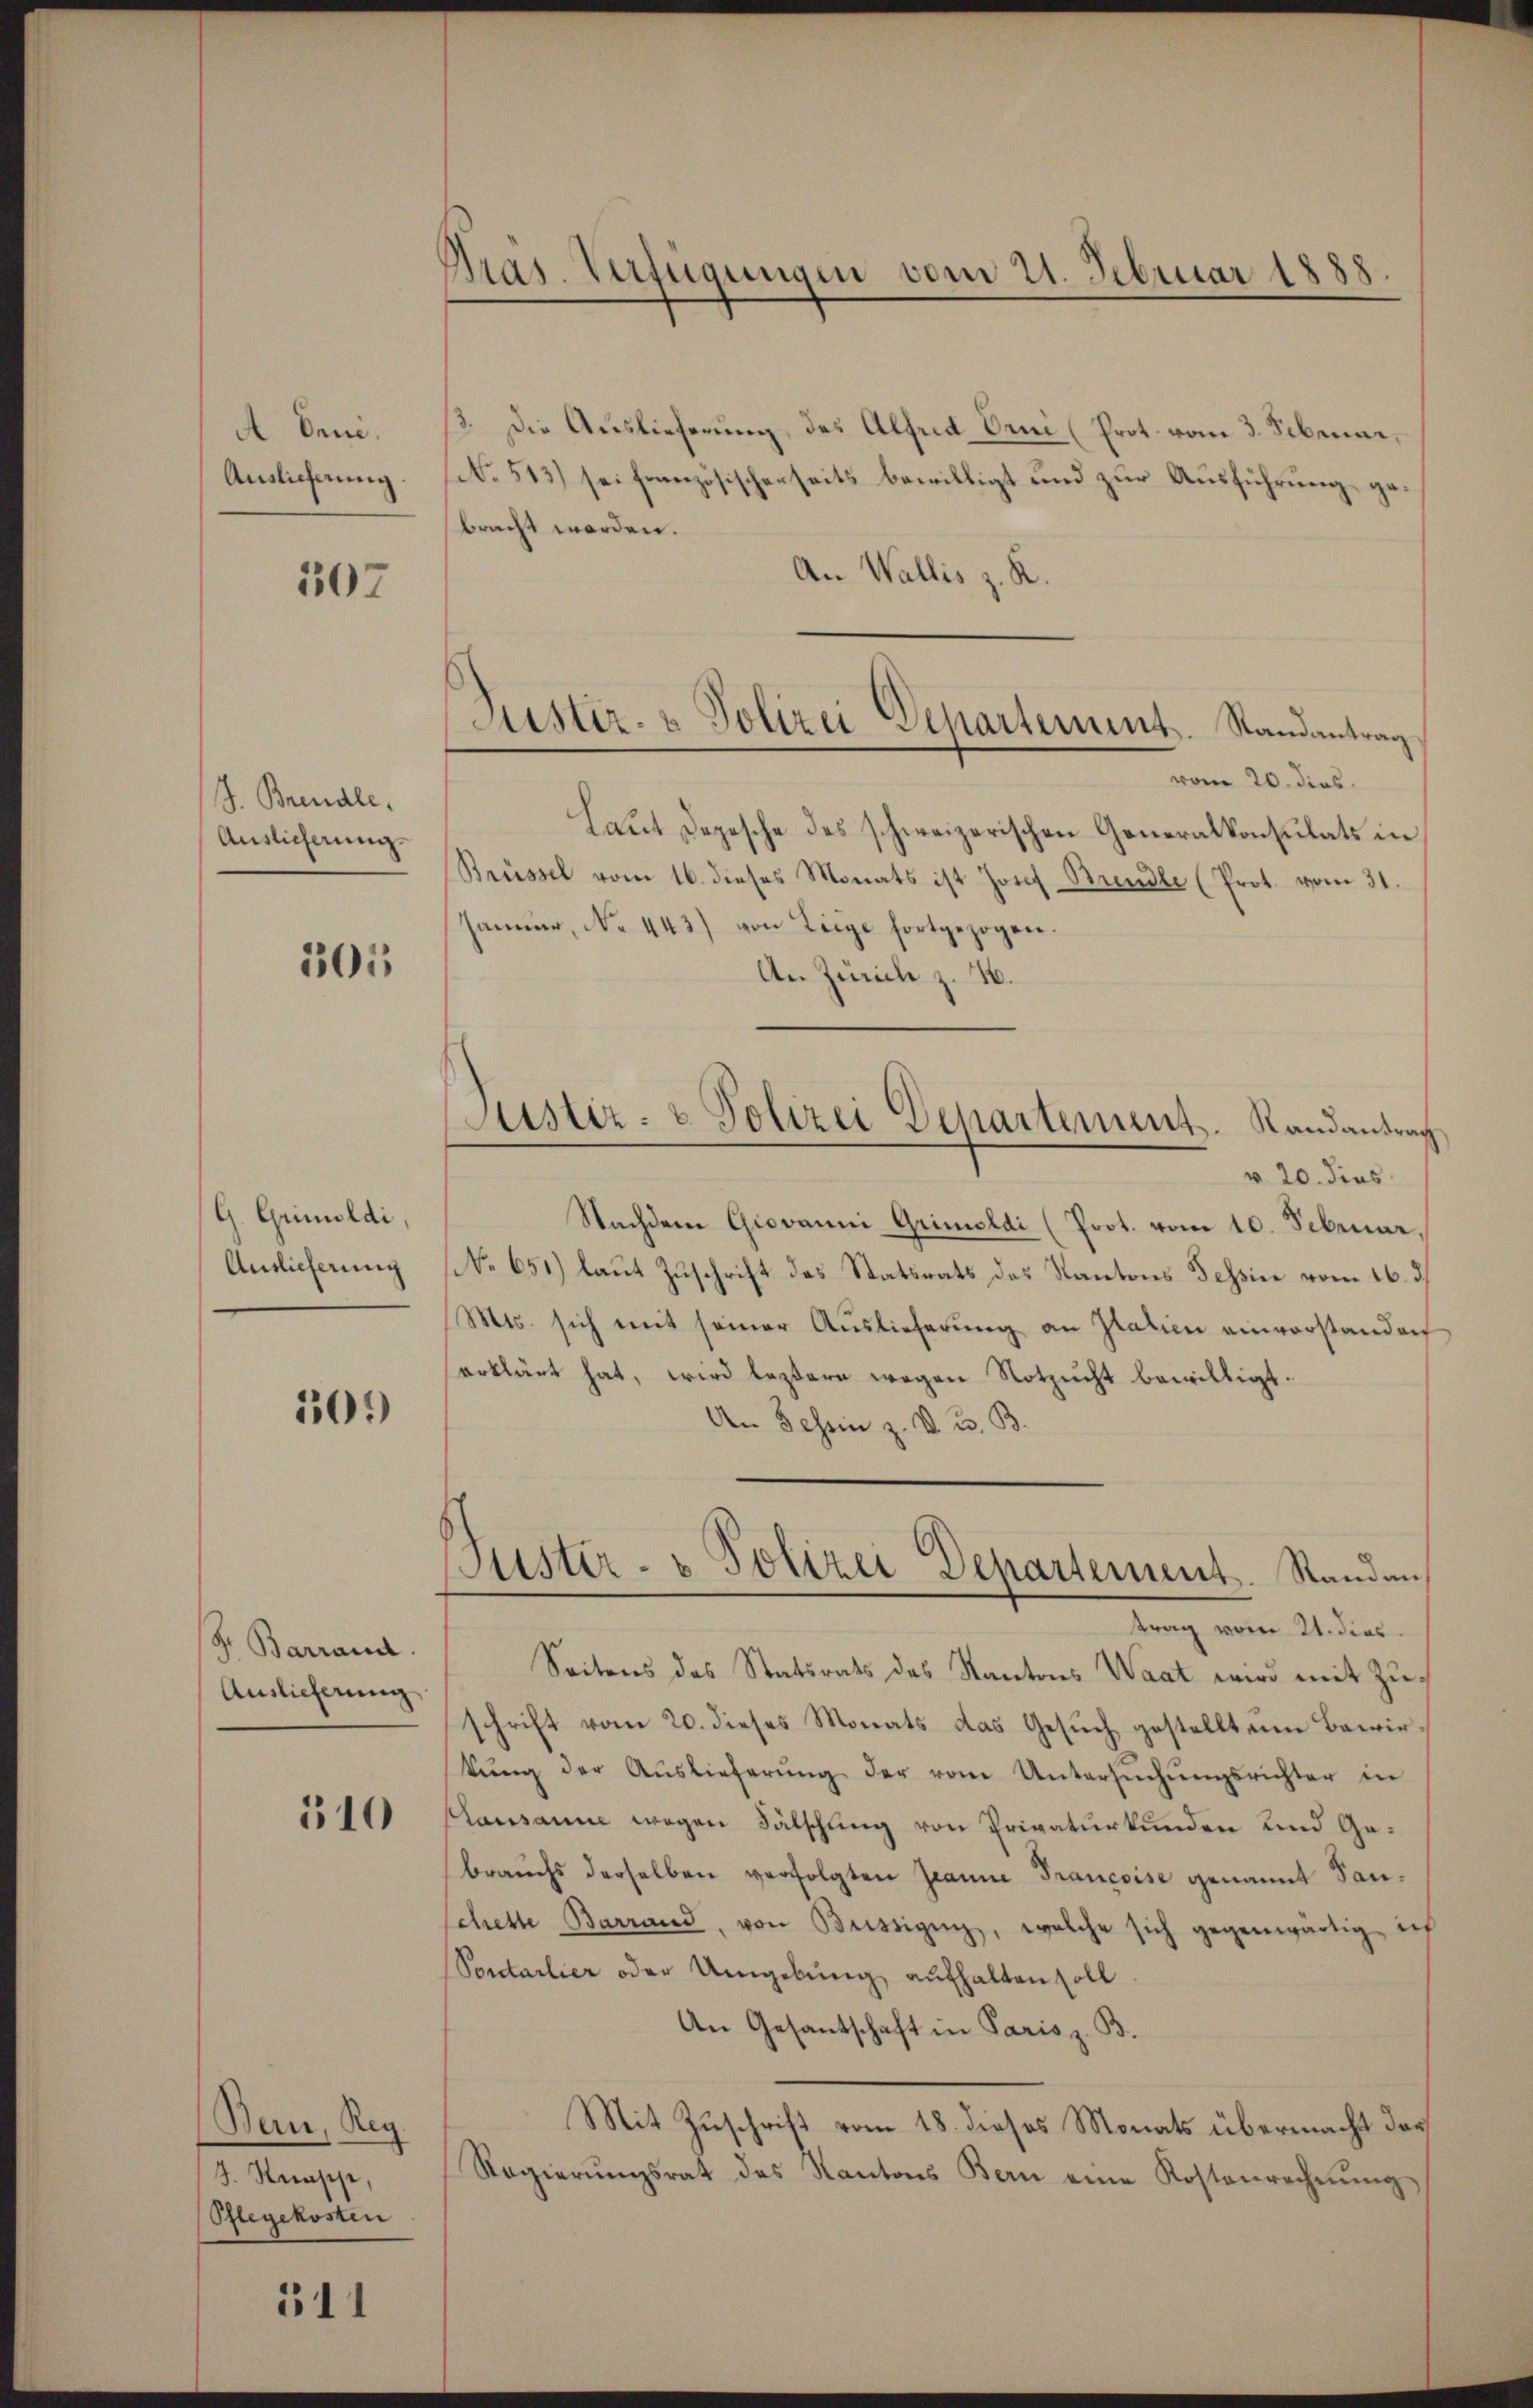
A beni.
Auslieferung

307

J. Brandle.
Auslicherung.

501

G. Grimoldi,
Anslieferung

109

Fr. Barrand.
Auslieferung

510

Bein, Reg.
J. Stünsche,
(Pflegekosten

511

Gras. Verfügungen vom 21. Februar 1888

13. Die Auslieferung, das Alfred Orni (Prot. vom 3. Sebenar,
No. 513) sei französischerseits bewilligt und zur Ausführung zu
bracht worden.
An Wallis z. R.
vom 20. dies
Laut Depesche des schweizerischen Generalkonsulats in
Brüssel vom 16. dieses Monats ist Josef Brendle (Prot. vom 31.
Januar, No. 443) von Liege fortgezogen.
An Zürich z. 16.
v. 20. dies
Nachdem Giovanni Grimoldi (Prot. vom 10. Februar,
No 651.) laut Zuschrift des Statsrats des Kantons Tessin vom 16. d.
Mts. sich mit seiner Auslieferung an Patien einvorstanden
erklärt hat, wird lezteren wegen Notzucht bewilligt.
An Schein z. V. B. B.
Puster- u Polizei Departement. Standen,
trag vom 21. dies
Seitens des Statsrats des Kantons Waat wird mit Zuschrift vom 20. dieses Monats das Gesuch gestellt ein Bewirtŭng der Aŭslieferŭng der vom Untersŭchŭngsrichter in
plausanne wegen Fälschung von Privaturkunden und Gebrauchs derselben verfolgten Jeanne Francoise genannt Sanchette Barrand, von Brissigen, welche sich gegenwärtig in
Sontarlier oder Umgebung aufhalten soll
An Gesantschaft in Paris z. B.
Mit Zuschrift vom 18. dieses Monats übermacht das
Regierŭngsrat des Kantons Bern eine Kostenrechnŭng

Justiz- & Polizei Departement. Randantrag

Justiz- & Polizei Departement. Randantrag